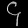
Digit: ၄